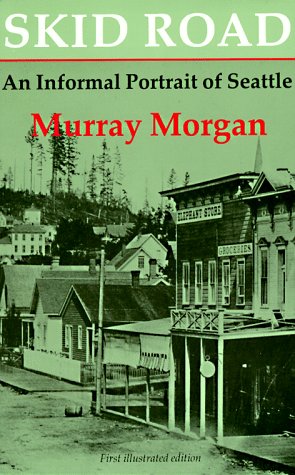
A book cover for Skid Road: An Informal Portrait of Seattle; Murray Morgan; Travel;